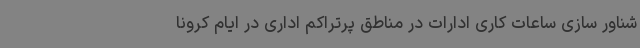
شناور سازی ساعات کاری ادارات در مناطق پرتراکم اداری در ایام کرونا